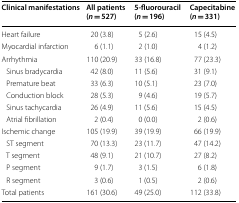
<table><thead><tr><td><b>Clinical manifestations</b></td><td><b>All patients (<i>n </i>= 527)</b></td><td><b>5-fluorouracil (<i>n </i>= 196)</b></td><td><b>Capecitabine (<i>n </i>= 331)</b></td></tr></thead><tbody><tr><td>Heart failure</td><td>20 (3.8)</td><td>5 (2.6)</td><td>15 (4.5)</td></tr><tr><td>Myocardial infarction</td><td>6 (1.1)</td><td>2 (1.0)</td><td>4 (1.2)</td></tr><tr><td>Arrhythmia</td><td>110 (20.9)</td><td>33 (16.8)</td><td>77 (23.3)</td></tr><tr><td> Sinus bradycardia</td><td>42 (8.0)</td><td>11 (5.6)</td><td>31 (9.1)</td></tr><tr><td> Premature beat</td><td>33 (6.3)</td><td>10 (5.1)</td><td>23 (7.0)</td></tr><tr><td> Conduction block</td><td>28 (5.3)</td><td>9 (4.6)</td><td>19 (5.7)</td></tr><tr><td> Sinus tachycardia</td><td>26 (4.9)</td><td>11 (5.6)</td><td>15 (4.5)</td></tr><tr><td> Atrial fibrillation</td><td>2 (0.4)</td><td>0 (0.0)</td><td>2 (0.6)</td></tr><tr><td>Ischemic change</td><td>105 (19.9)</td><td>39 (19.9)</td><td>66 (19.9)</td></tr><tr><td> ST segment</td><td>70 (13.3)</td><td>23 (11.7)</td><td>47 (14.2)</td></tr><tr><td> T segment</td><td>48 (9.1)</td><td>21 (10.7)</td><td>27 (8.2)</td></tr><tr><td> P segment</td><td>9 (1.7)</td><td>3 (1.5)</td><td>6 (1.8)</td></tr><tr><td> R segment</td><td>3 (0.6)</td><td>1 (0.5)</td><td>2 (0.6)</td></tr><tr><td>Total patients</td><td>161 (30.6)</td><td>49 (25.0)</td><td>112 (33.8)</td></tr></tbody></table>